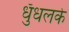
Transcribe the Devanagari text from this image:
धुँधलके